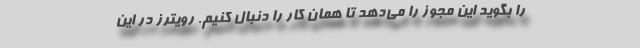
را بگوید این مجوز را می‌دهد تا همان کار را دنبال کنیم. رویترز در این